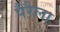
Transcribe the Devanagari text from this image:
पैरैला